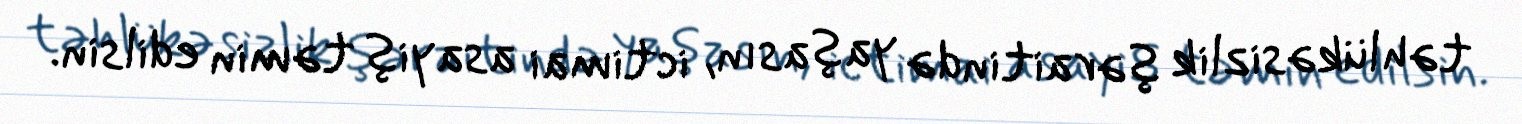
təhlükəsizlik şəraitində yaşasın, ictimai asayiş təmin edilsin.